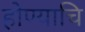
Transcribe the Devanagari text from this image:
होण्याचि